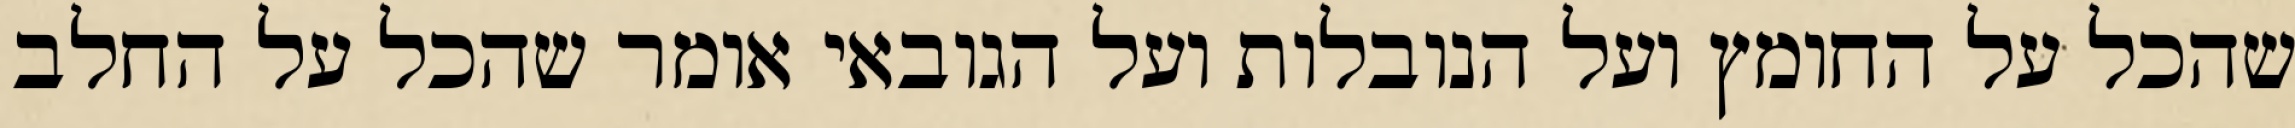
שהכל על החומץ ועל הנובלות ועל הגובאי אומר שהכל על החלב